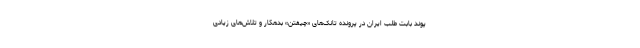
پوند بابت طلب ایران در پرونده تانک‌های «چیفتن» بدهکار و تلاش‌های زیادی